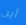
أين